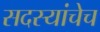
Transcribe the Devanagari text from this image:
सदस्यांचेच